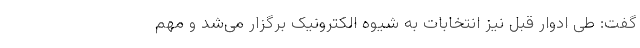
گفت: طی ادوار قبل نیز انتخابات به شیوه الکترونیک برگزار می‌شد و مهم